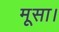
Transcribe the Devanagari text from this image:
मूसा।